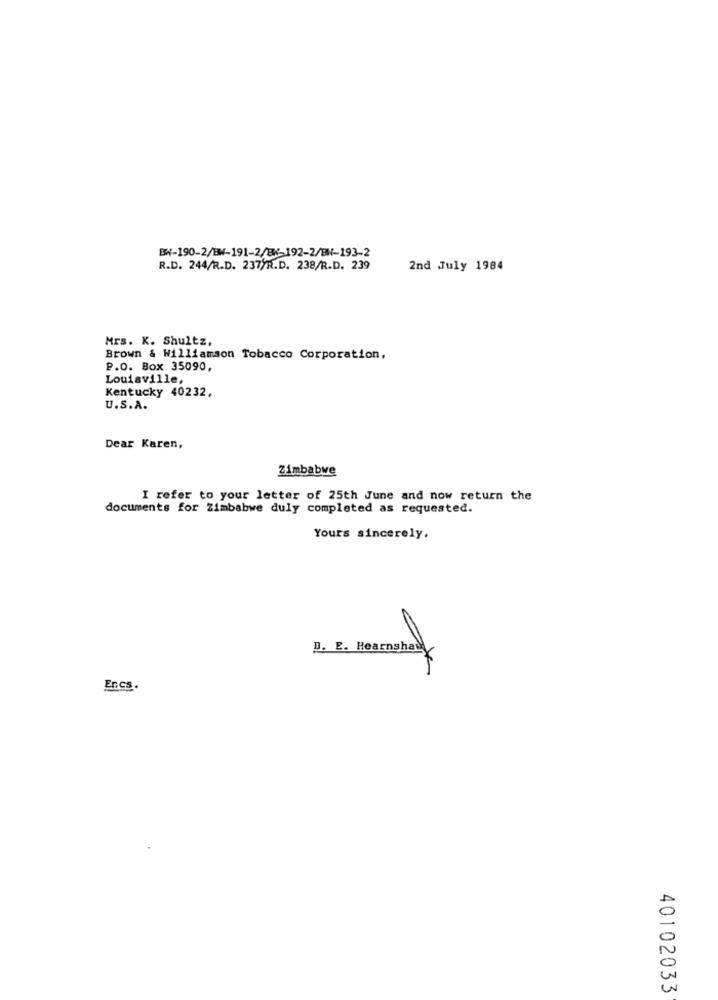
BW-190-2/BW-191-2/8%-192-2/BN-193-2
R.D. 244/R.D. 237/R.D. 238/R.D. 239
2nd July 1984
Mrs. K. Shultz,
Brown & Williamson Tobacco Corporation,
P.O. Box 35090,
Louisville,
Kentucky 40232,
U.S.A.
Dear Karen,
Zimbabwe
I refer to your letter of 25th June and now return the
documents for Zimbabwe duly completed as requested.
Yours sincerely.
D. E. Hearnshall
Encs.
40102033